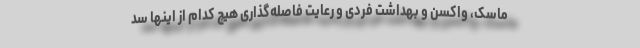
ماسک، واکسن و بهداشت فردی و رعایت فاصله‌گذاری هیچ کدام از اینها سد